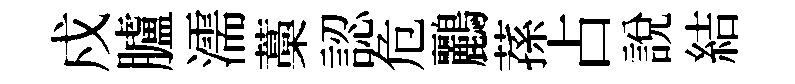
戍臚濡藁認危鸝蓀占說結